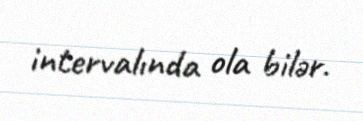
intervalında ola bilər.